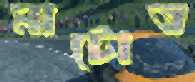
মাটোত